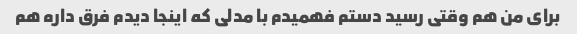
برای من هم وقتی رسید دستم فهمیدم با مدلی که اینجا دیدم فرق داره هم